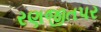
રણજીતપર